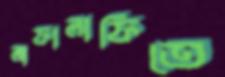
লাফালাফিতে